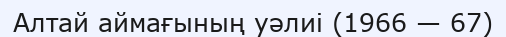
Алтай аймағының уәлиі (1966 — 67)